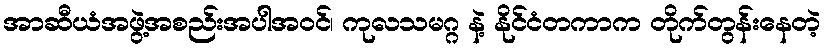
အာဆီယံအဖွဲ့အစည်းအပါအဝင်၊ ကုလသမဂ္ဂ နဲ့ နိုင်ငံတကာက တိုက်တွန်းနေတဲ့